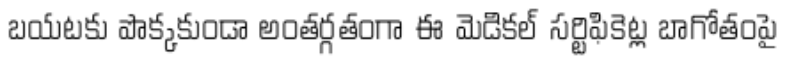
బయటకు పొక్కకుండా అంతర్గతంగా ఈ మెడికల్ సర్టిఫికెట్ల బాగోతంపై